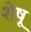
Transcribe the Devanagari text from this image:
शेषू